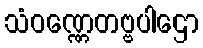
သံဝဏ္ဏေတဗ္ဗပါဌော